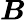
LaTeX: \boldsymbol{\mathit{B}}